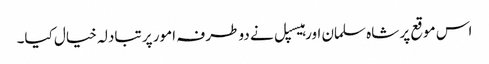
اس موقع پر شاہ سلمان اور ہیسپل نے دو طرفہ امور پر تبادلہ خیال کیا۔